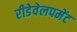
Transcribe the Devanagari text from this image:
रीडेवेलपमेंट